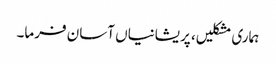
ہماری مشکلیں، پریشانیاں آسان فرما۔